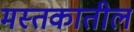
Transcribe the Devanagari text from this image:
मस्तकातील